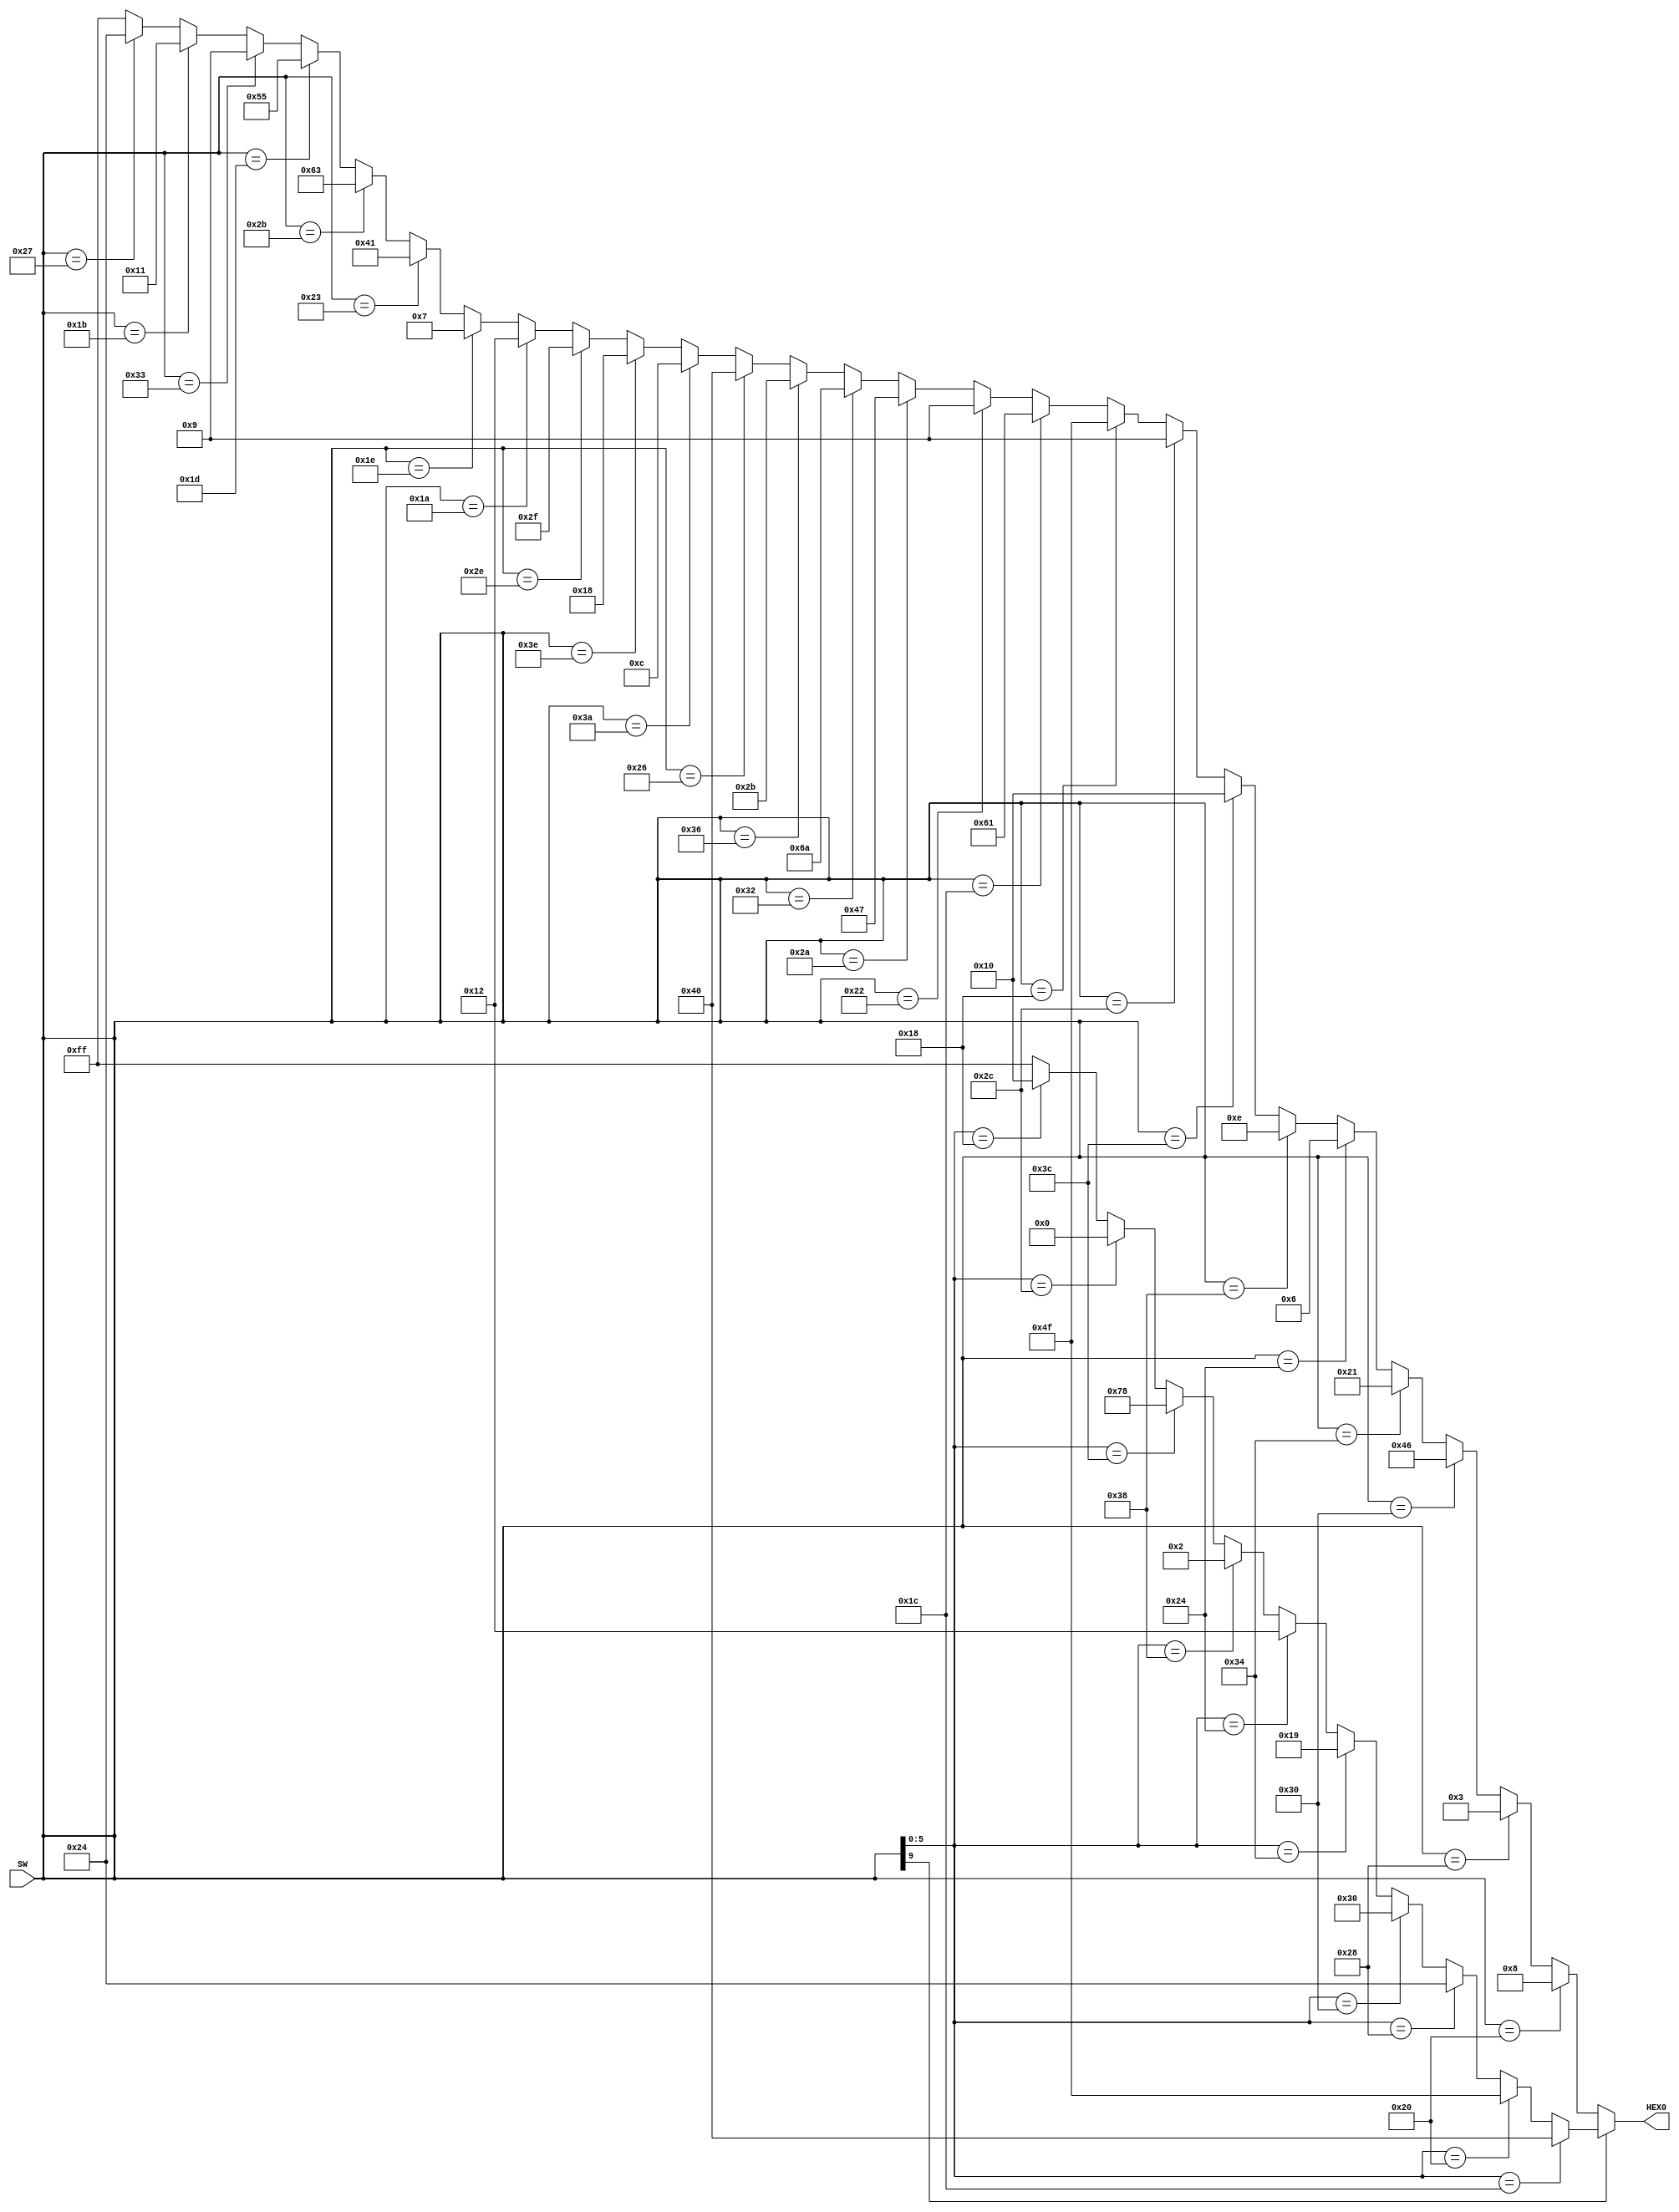
module trabalho(

    input [9:0] SW,
    output reg [7:0] HEX0
);

always @(SW) begin


	if(SW[9] == 0) begin
		 if (SW == 6'b100000) begin // A
			HEX0 <= 8'b00001000;
		 end
		 else if (SW == 6'b101000) begin // B
			HEX0 <= 8'b00000011;
		 end
		 else if (SW == 6'b110000) begin // C
			HEX0 <= 8'b01000110;
		 end
		 else if (SW == 6'b110100) begin // D
			HEX0 <= 8'b00100001;
		 end
		 else if (SW == 6'b100100) begin // E
			HEX0 <= 8'b00000110;
		 end
		 else if (SW == 6'b111000) begin // F
			HEX0 <= 8'b00001110;
		 end
		 else if (SW == 6'b111100) begin // G
			HEX0 <= 8'b00010000;
		 end
		 else if (SW == 6'b101100) begin // H
			HEX0 <= 8'b00001001;
		 end
		 else if (SW == 6'b011000) begin // I
			HEX0 <= 8'b01001111;
		 end
		 else if (SW == 6'b011100) begin // J
			HEX0 <= 8'b01100001;
		 end
		 else if (SW == 6'b100010) begin //K
			HEX0 <= 8'b00001001;
		 end
		 else if (SW == 6'b101010) begin // L
			HEX0 <= 8'b001000111;
		 end
		 else if (SW == 6'b110010) begin // M
			HEX0 <= 8'b01101010;
		 end
		 else if (SW == 6'b110110) begin // N
			HEX0 <= 8'b00101011;
		 end
		 else if (SW == 6'b100110) begin // O
			HEX0 <= 8'b01000000;
		 end
		 else if (SW == 6'b111010) begin // P
			HEX0 <= 8'b00001100;
		 end
		 else if (SW == 6'b111110) begin // Q
			HEX0 <= 8'b00011000;
		 end
		 else if (SW == 6'b101110) begin // R
			HEX0 <= 8'b00101111;
		 end
		else if (SW == 6'b011010) begin // S
			HEX0 <= 8'b00010010;
		 end
		else if (SW == 6'b011110) begin // T
			HEX0 <= 8'b00000111;
		 end
		else if (SW == 6'b100011) begin // U
			HEX0 <= 8'b01000001;
		 end
		else if (SW == 6'b101011) begin // V
			HEX0 <= 8'b01100011;
		 end
		else if (SW == 6'b011101) begin // W
			HEX0 <= 8'b01010101;
		 end
		else if (SW == 6'b110011) begin // X
			HEX0 <= 8'b00001001;
		 end
		else if (SW == 6'b11011) begin // Y
			HEX0 <= 8'b00010001;
		 end
		else if (SW == 6'b100111) begin // Z
			HEX0 <= 8'b00100100;
		 end
		 else begin
			HEX0 <= 8'b11111111;//DISPLAY DESLIGADO
		 end
	end
	else begin	 
		 
		 if (SW [5:0] == 6'b011100) begin // 0
			HEX0 <= 8'b01000000;
		 end
		 else if (SW[5:0] == 6'b100000) begin // 1
			HEX0 <= 8'b01001111;
		 end
		 else if (SW [5:0] == 6'b101000) begin // 2
			HEX0 <= 8'b00100100;
		 end
		 else if (SW [5:0] == 6'b110000) begin // 3
			HEX0 <= 8'b00110000;
		 end
		 else if (SW [5:0] == 6'b110100) begin // 4
			HEX0 <= 8'b00011001;
		 end
		 else if (SW [5:0] == 6'b100100) begin // 5
			HEX0 <= 8'b00010010;
		 end
		 else if (SW [5:0] == 6'b111000) begin // 6
			HEX0 <= 8'b00000010;
		 end
		 else if (SW [5:0] == 6'b111100) begin // 7
			HEX0 <= 8'b01111000;
		 end
		 else if (SW [5:0] == 6'b101100) begin // 8
			HEX0 <= 8'b00000000;
		 end
		 else if (SW [5:0] == 6'b011000) begin // 9
			HEX0 <= 8'b00010000;
		 end
		 else begin
			HEX0 <= 8'b11111111;//DISPLAY DESLIGADO
		 end
	end 

end

endmodule